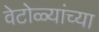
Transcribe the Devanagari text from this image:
वेटोळ्यांच्या